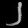
Digit: ၂